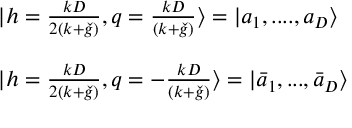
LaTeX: \begin{array} { l } { { | h = \frac { k D } { 2 ( k + \check { g } ) } , q = \frac { k D } { ( k + \check { g } ) } \rangle = | a _ { 1 } , . . . . , a _ { D } \rangle } } \\ { { \ } } \\ { { | h = \frac { k D } { 2 ( k + \check { g } ) } , q = - \frac { k D } { ( k + \check { g } ) } \rangle = | \bar { a } _ { 1 } , . . . , \bar { a } _ { D } \rangle } } \end{array}